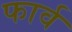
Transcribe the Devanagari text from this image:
फार्व